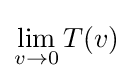
\lim _{v\rightarrow 0}T(v)